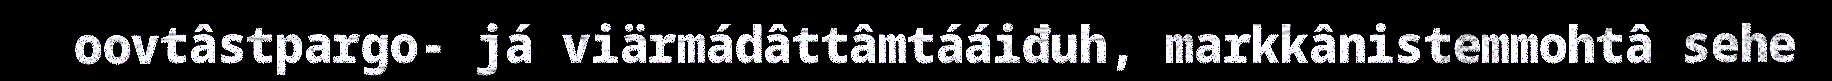
oovtâstpargo- já viärmádâttâmtááiđuh, markkânistemmohtâ sehe